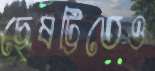
ছেষট্টিতেও